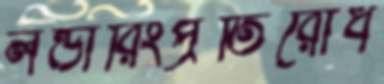
লন্ডারিংপ্রতিরোধ